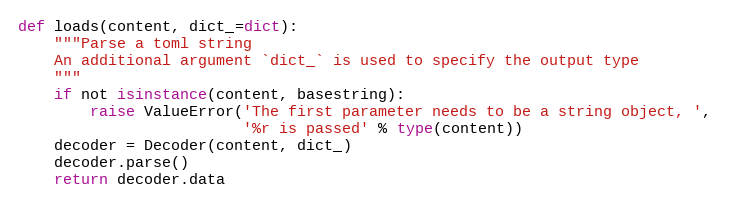
Language: Python
def loads(content, dict_=dict):
    """Parse a toml string
    An additional argument `dict_` is used to specify the output type
    """
    if not isinstance(content, basestring):
        raise ValueError('The first parameter needs to be a string object, ',
                         '%r is passed' % type(content))
    decoder = Decoder(content, dict_)
    decoder.parse()
    return decoder.data